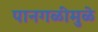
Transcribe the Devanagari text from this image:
पानगळीमुळे